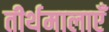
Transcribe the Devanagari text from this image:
तीर्थमालाएँ